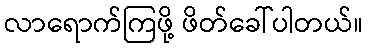
လာရောက်ကြဖို့ ဖိတ်ခေါ်ပါတယ်။